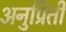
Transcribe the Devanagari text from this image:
अनुप्रिती